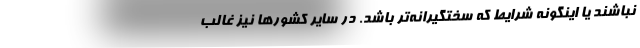
نباشند یا اینگونه شرایط که سختگیرانه‌تر باشد. در سایر کشورها نیز غالب